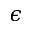
\epsilon